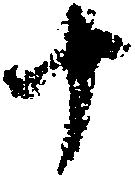
十